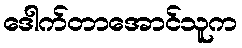
ဒေါက်တာအောင်သူက